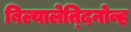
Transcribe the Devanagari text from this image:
बिल्यालेत्दिनोव्ह